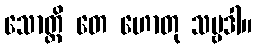
သောတ္ထိ တေ ဟောတု သဗ္ဗဒါ။